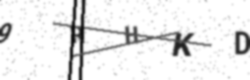
Text: 9RHKD